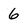
Character: 6